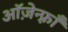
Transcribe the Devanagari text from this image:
ऑज़ेन्फ़्राँ